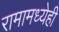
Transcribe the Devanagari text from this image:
रामामध्येही